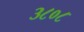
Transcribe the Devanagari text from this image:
३८०८